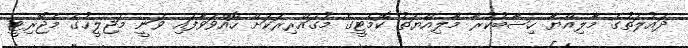
ދައުލަތުގެ މާލިއްޔާ ހިސާބުކުރާ މާލިއްޔަތު ކޮމެޓީގެ މުގައްރިރަކަށް ހޮއްވަވާފައި ވަނީ މަޖިލީހުގެ މެޖޯރިޓީ